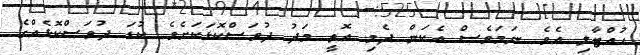
ހުއްޓާލި އެވެ. ނަމަވެސް އެކަން ދެމި އޮތީ މަދު ދުވަސްކޮޅަކަށެވެ. ކުޑަ ދުވަސްކޮޅެއްގެ